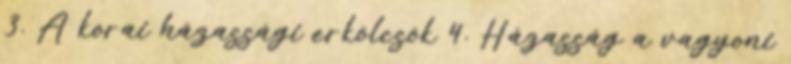
3. A korai házassági erkölcsök 4. Házasság a vagyoni